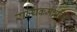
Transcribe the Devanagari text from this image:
राज्यकर्मचारियों